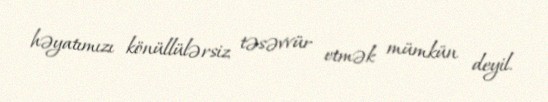
həyatımızı könüllülərsiz təsəvvür etmək mümkün deyil.